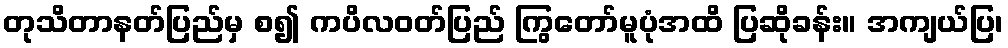
တုသိတာနတ်ပြည်မှ စ၍ ကပိလဝတ်ပြည် ကြွတော်မူပုံအထိ ပြဆိုခန်း။ အကျယ်ပြ၊